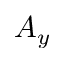
A _ { y }